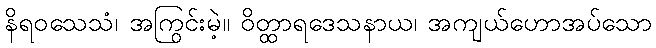
နိရဝသေသံ၊ အကြွင်းမဲ့။ ဝိတ္ထာရဒေသနာယ၊ အကျယ်ဟောအပ်သော